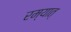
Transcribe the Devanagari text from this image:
रम्यात्